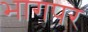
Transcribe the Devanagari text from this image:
भागपर